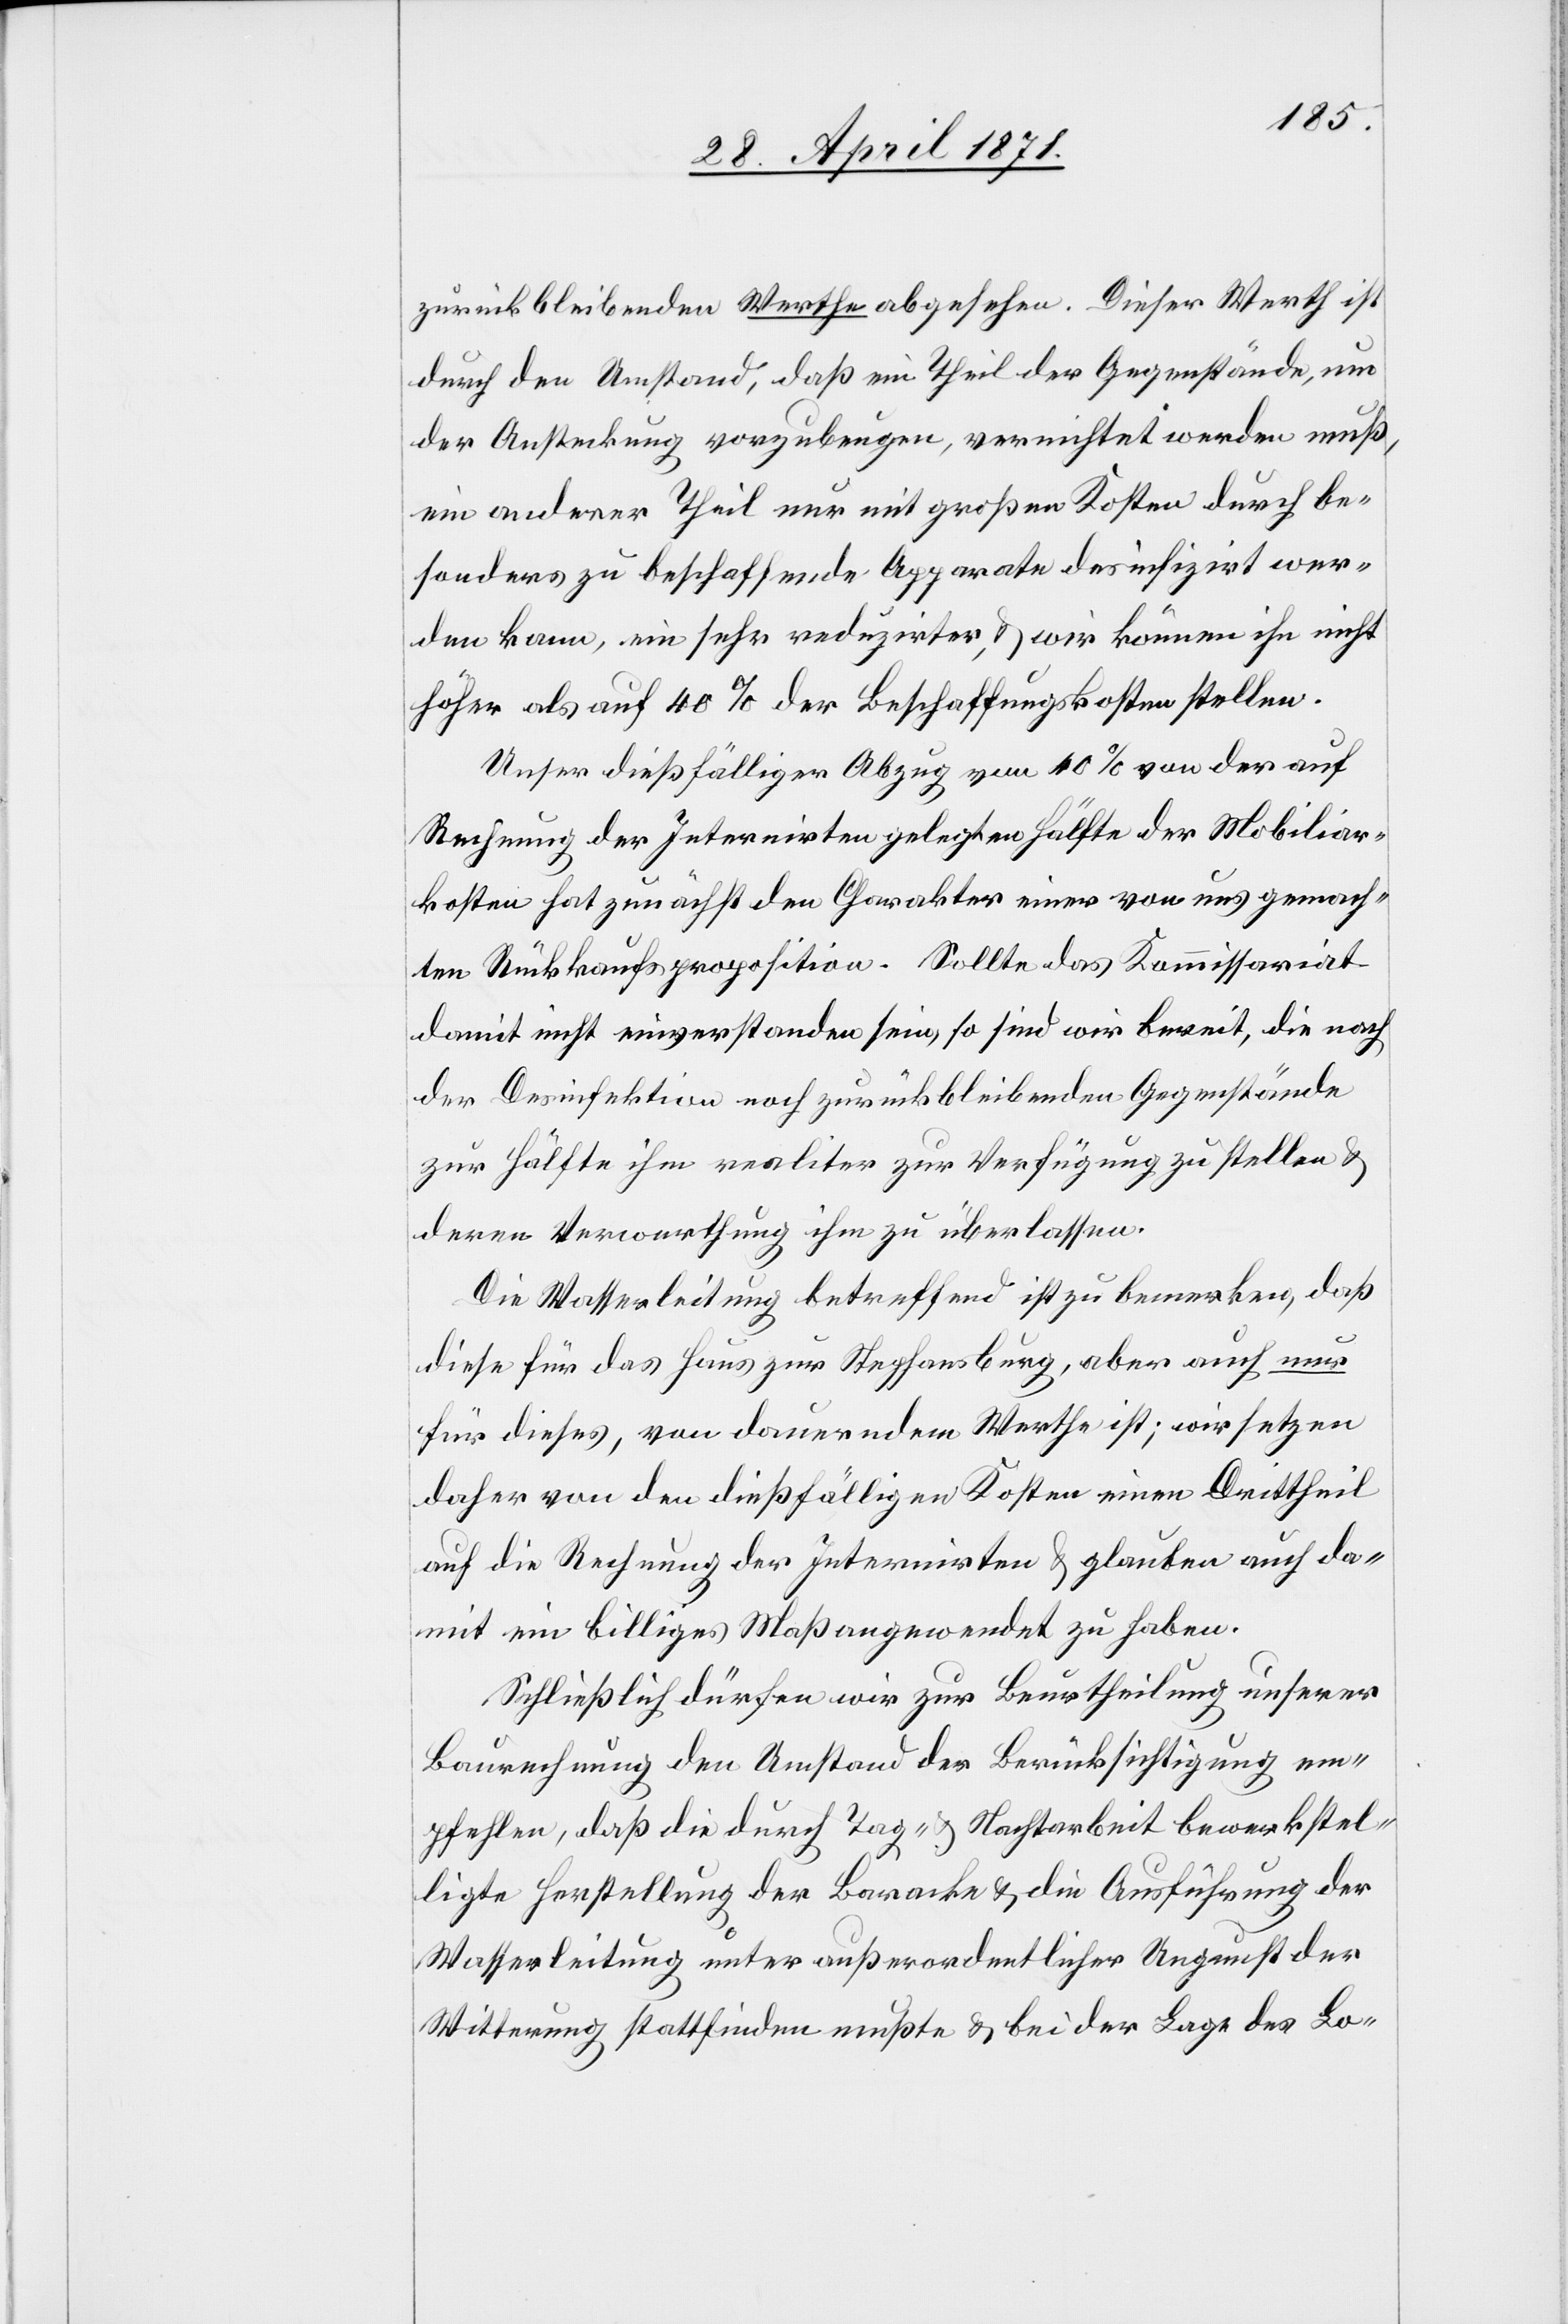
zurückbleibenden Werthe abgesehen. Dieser Werth ist
durch den Umstand, daß ein Theil der Gegenstände, um
der Ansteckung vorzubeugen, vernichtet werden muß,
ein anderer Theil nur mit großen Kosten durch be¬
sonders zu beschaffene Apparate desinfizirt wer¬
den kann, ein sehr reduzirter, u. wir können ihn nicht
höher als auf 40% der Beschaffungskosten stellen.
Unser dießfälliger Abzug von 10% von der auf
Rechnung der Internirten gelegten Hälfte der Mobiliar¬
kosten hat zunächst den Charakter einer von uns gemach¬
ten Rückkaufsproposition. Sollte das Kommissariat
damit nicht einverstanden sein, so sind wir bereit, die nach
der Desinfektion noch zurückbleibenden Gegenstände
zur Hälfte ihm realiter zur Verfügung zu stellen u.
deren Verwerthung ihm zu überlassen.
Die Wasserleitung betreffend ist zu bemerken, daß
diese für das Haus zur Stephansburg, aber auch nur
für dieses, von dauerndem Werthe ist; wir setzen
daher von den dießfälligen Kosten einen Drittheil
auf die Rechnung der Internirten u. glauben auch da¬
mit ein billiges Maß angewendet zu haben.
Schließlich dürfen wir zur Beurtheilung unserer
Baurechnung den Umstand der Berücksichtigung em¬
pfehlen, daß die durch Tag- u. Nachtarbeit bewerkstel¬
ligte Herstellung der Baracke u. die Ausführung der
Wasserleitung unter außerordentlicher Ungunst der
Witterung stattfinden mußte u. bei der Lage des Lo-